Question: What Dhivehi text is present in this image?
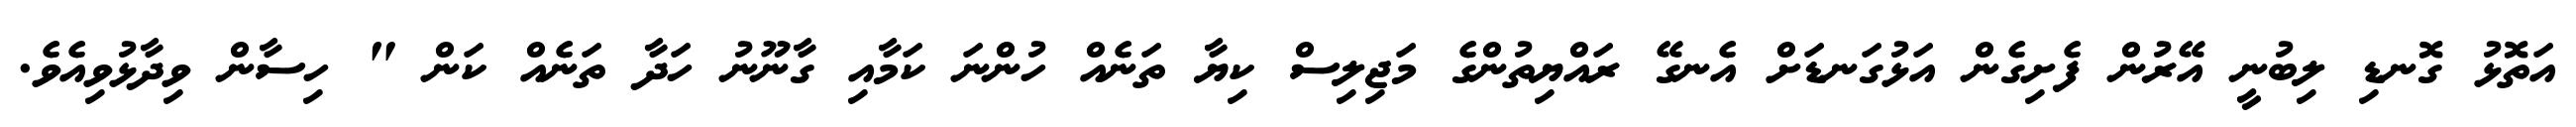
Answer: އަތޮޅު ގޮނޑި ލިބުނީ އޭރުން ފެށިގެން އަޅުގަނޑަށް އެނގޭ ރައްޔިތުންގެ މަޖިލިސް ކިޔާ ތަނެއް ހުންނަ ކަމާއި ގާނޫނު ހަދާ ތަނެއް ކަން " ހިސާން ވިދާޅުވިއެވެ.